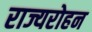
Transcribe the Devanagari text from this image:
राज्यरोहन